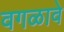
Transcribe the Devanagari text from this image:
वगळावे